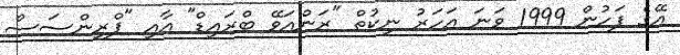
އޭގެ ފަހުން 1999 ވަނަ އަހަރު ނިކުތް "ރަންއަވޭ ބްރައިޑް" އާއި "ޕްރިންސަސް